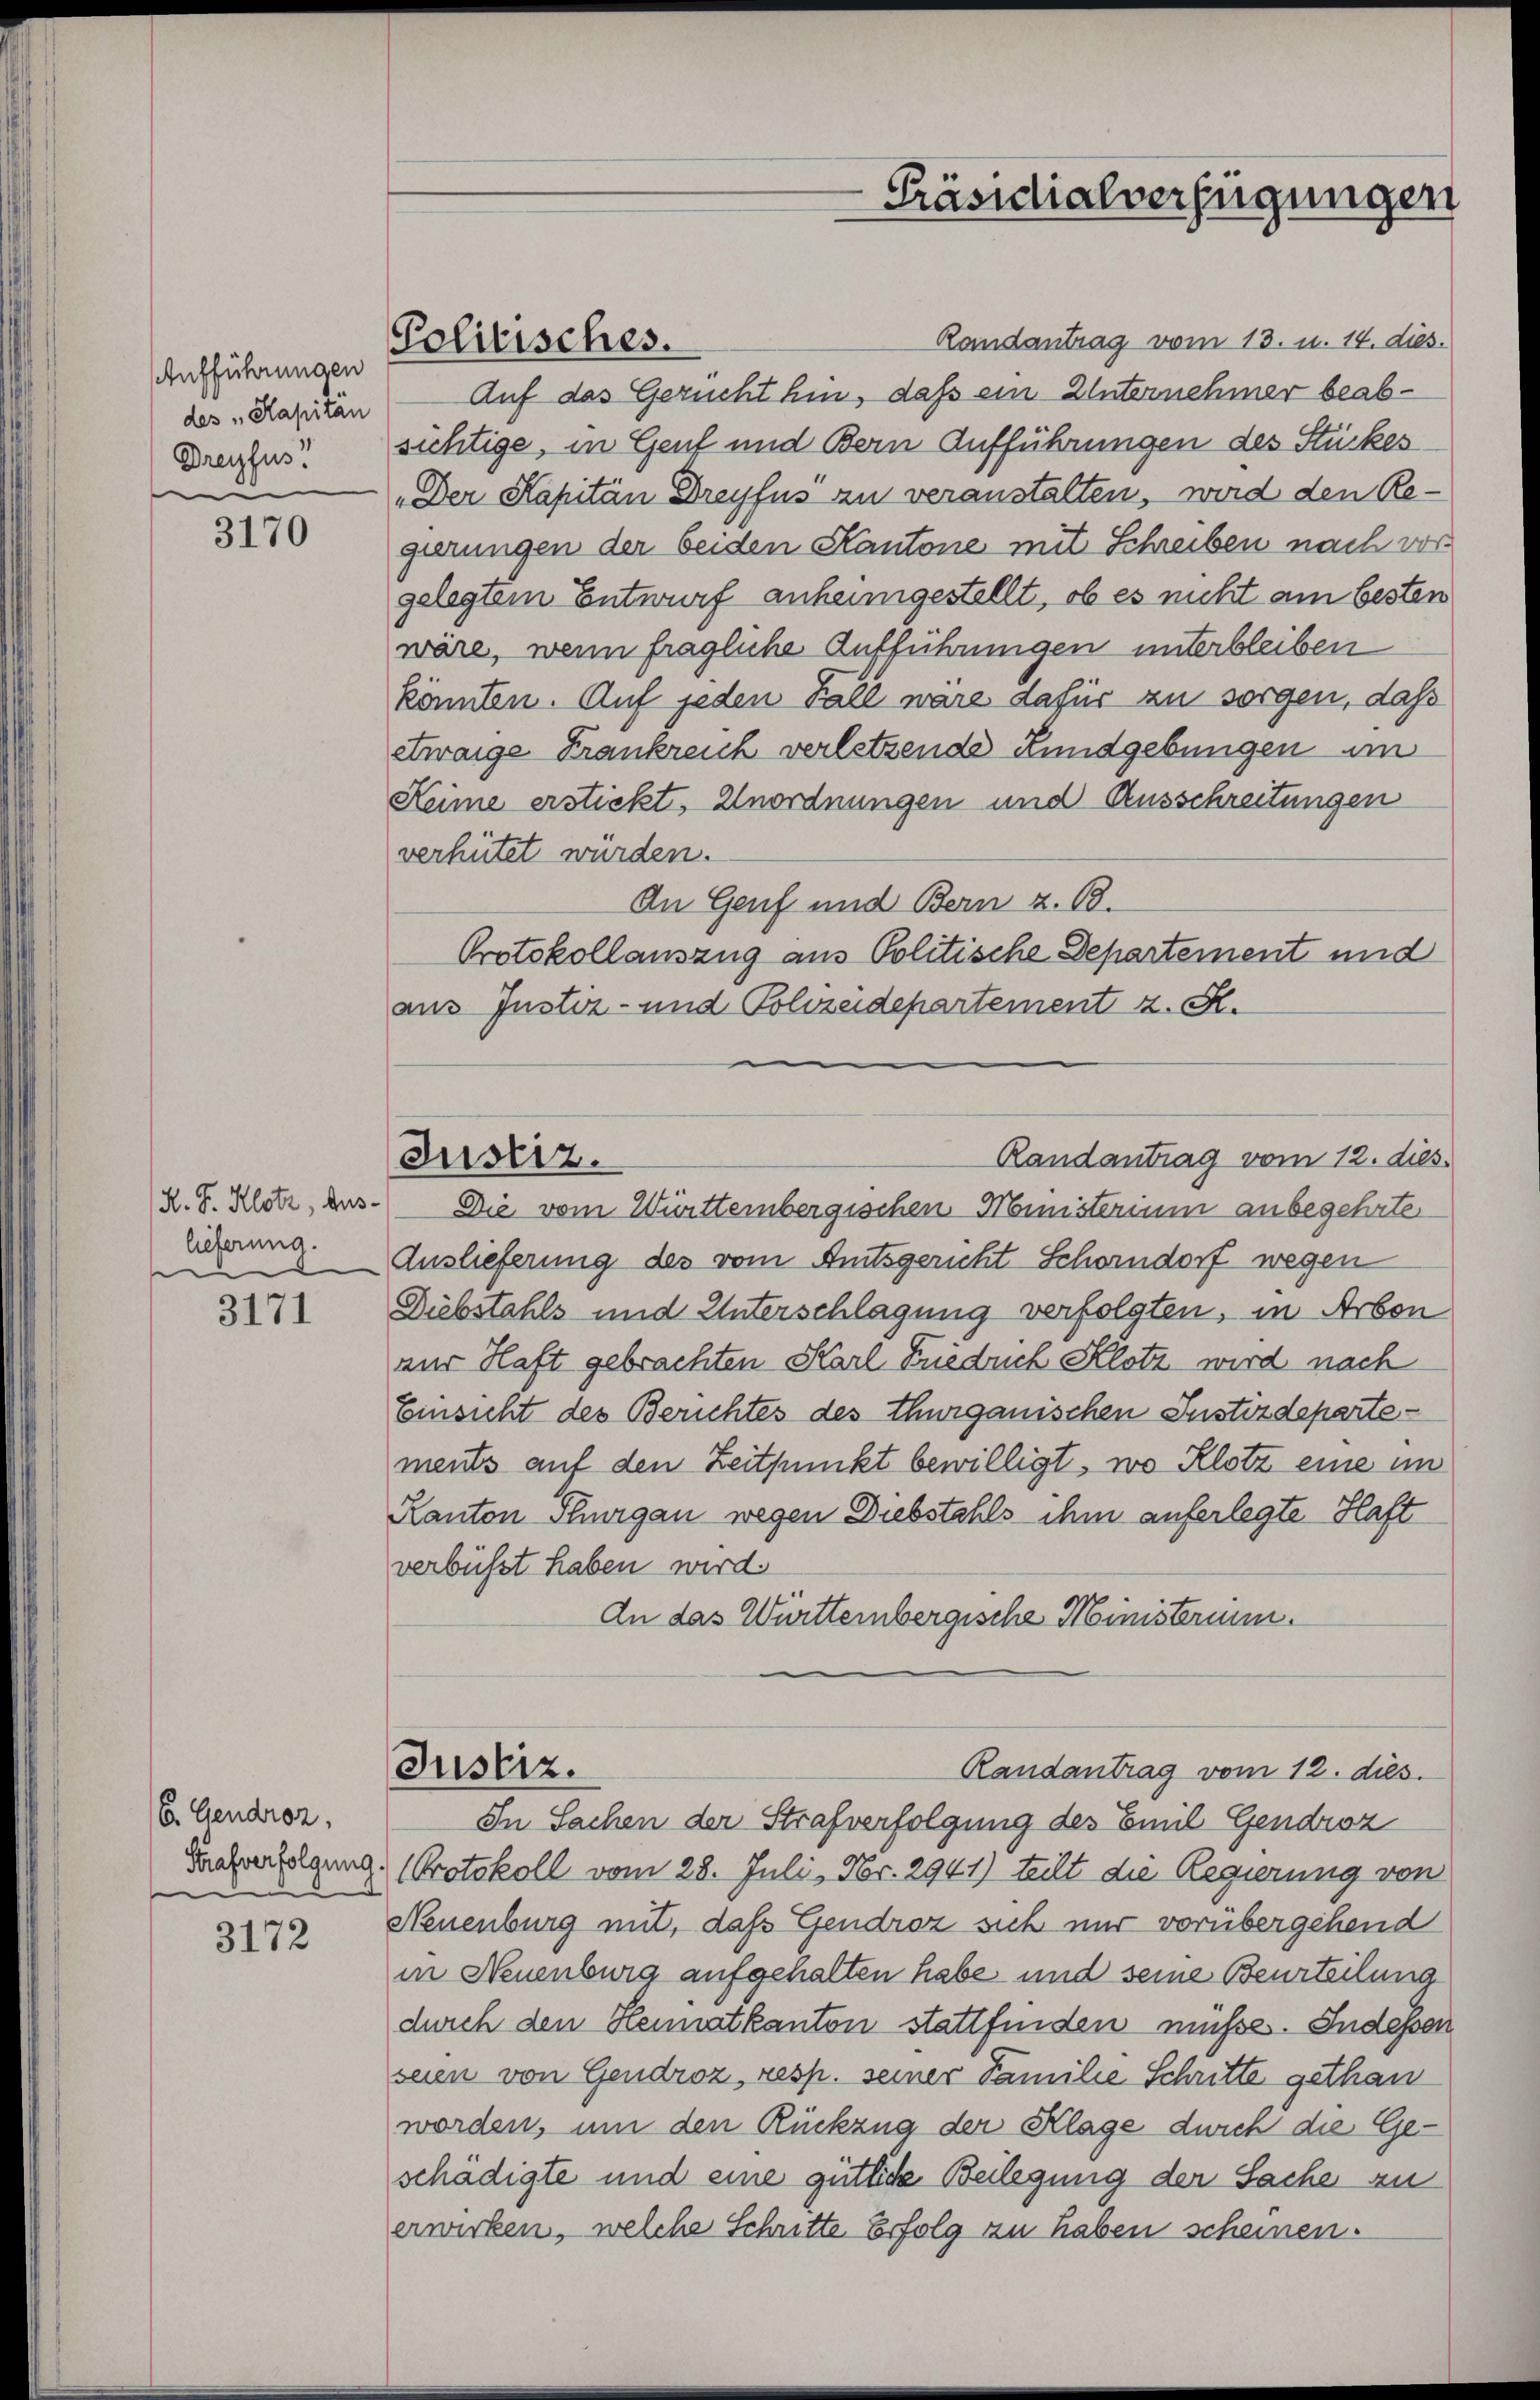
Aufführungen
des Kapitän
Dreyfus!
e

3170

H. S. Klotz, Aus-
lieferung.
e

3171

6. Gendroz.
Strafverfolgung.

3172

Politisches.

Justiz.

Randantrag vom 13. u. 14. dies
Auf das Gerucht hin, daß ein Unternehmer beabsichtige, in Genf und Bern Aufführungen des Stückes
„Der Kapitän Dreyfus zu veranstalten, wird den Regierungen der beiden Kantone mit Schreiben nach vor
gelegtem Entwurf anheimgestellt, ob es nicht am besten
wäre, wenn fragliche Aufführungen unterbleiben
könnten. Auf jeden Fall wäre dafür zu sorgen, daß
etwaige Frankreich verletzende Rundgebungen im
Keime erstickt, Unordnungen und Ausschreitungen
verhütet wurden.
An Genf und Bern z. B.
Protokollauszug aus Politische Departement und
aus Justiz- und Polizeidepartement z. R.
Die vom Württembergischen Ministerium anbegehrte
Auslieferung des vom Amtsgericht Schorndorf wegen
Diebstahls und Unterschlagung verfolgten, in Arbon
zur Haft gebrachten Karl Friedrich Klotz wird nach
Einsicht des Berichtes des Thurgauischen Instizdepartements auf den Zeitpunkt bewilligt, wo Klotz eine im
Kanton Thurgau wegen Diebstahls ihm auferlegte Haft
verbüsst haben wird.
An das Württernbergische Ministerium.
Justiz.
Randantrag vom 12. dies.
In Sachen der Strafverfolgung des Emil Gendroz
Protokoll vom 28. Juli, Nr. 2941) teilt die Regierung von
Neuenburg mit, das Gendroz sich nur vorübergehend
in Neuenburg aufgehalten habe und seine Beurteilung
durch den Hennatkanton stattfinden müsse. Indessen
seien von Gendroz, resp. seiner Familie Schritte gethan
worden, um den Rückzug der Klage durch die Geschädigte und eine gütliche Beilegung der Sache an
erwirken, welche Schritte Erfolg zu haben scheinen.

-Präsidialverfügungen

Randantrag vom 12. dies